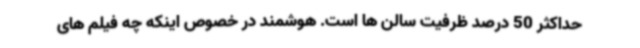
حداکثر 50 درصد ظرفیت سالن ها است. هوشمند در خصوص اینکه چه فیلم های